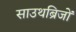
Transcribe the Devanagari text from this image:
साउथब्रिजों